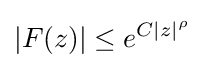
|F(z)|\leq e^{C|z|^{\rho }}